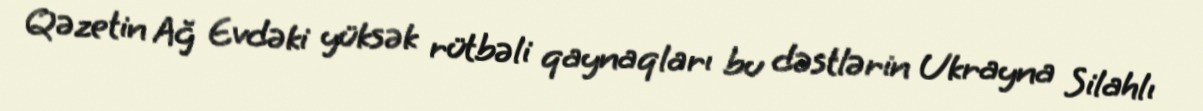
Qəzetin Ağ Evdəki yüksək rütbəli qaynaqları bu dəstlərin Ukrayna Silahlı